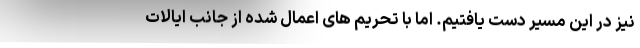
نیز در این مسیر دست یافتیم. اما با تحریم های اعمال شده از جانب ایالات